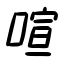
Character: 喧